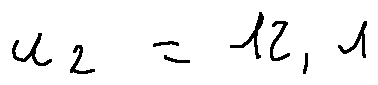
u _ { 2 } = 1 2 , 1